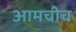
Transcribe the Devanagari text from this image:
आमचीच